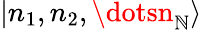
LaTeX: \left|n_{1},n_{2},\dotsn_{\mathbb{N}}\right>